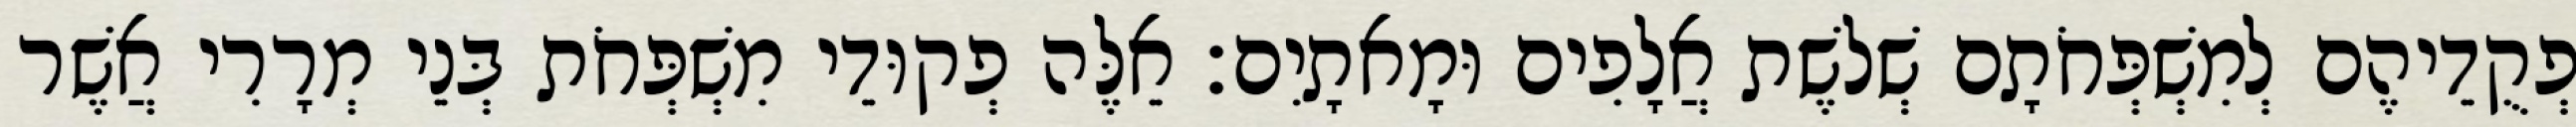
פְקֻדֵיהֶם לְמִשְׁפְּחֹתָם שְׁלשֶׁת אֲלָפִים וּמָאתָיִם׃ אֵלֶּה פְקוּדֵי מִשְׁפְּחֹת בְּנֵי מְרָרִי אֲשֶׁר